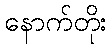
နောက်တိုး